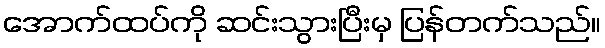
အောက်ထပ်ကို ဆင်းသွားပြီးမှ ပြန်တက်သည်။